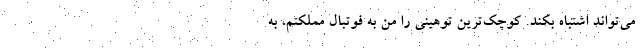
می‌تواند اشتباه بکند. کوچک‌ترین توهینی را من به فوتبال مملکتم، به